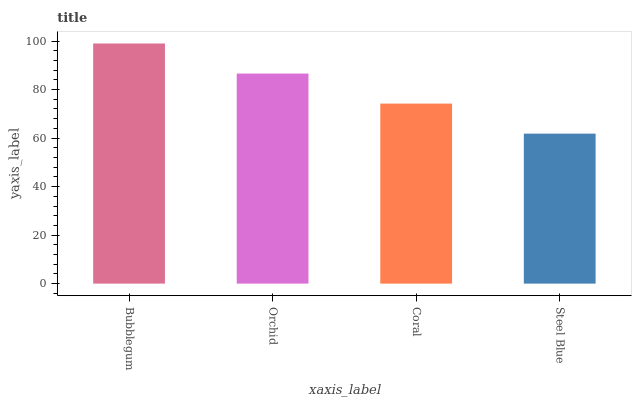
| xaxis_label | bars |
 | --- | --- |
 | Bubblegum | 99 |
 | Orchid | 86.6 |
 | Coral | 74.2 |
 | Steel Blue | 61.8 |